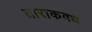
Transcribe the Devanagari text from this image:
ताराकवध